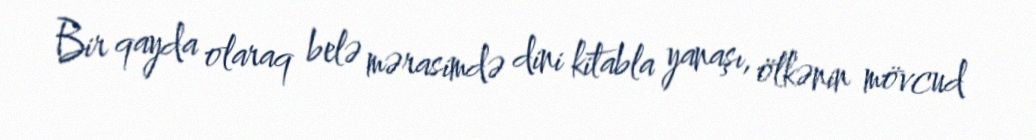
Bir qayda olaraq belə mərasimdə dini kitabla yanaşı, ölkənin mövcud